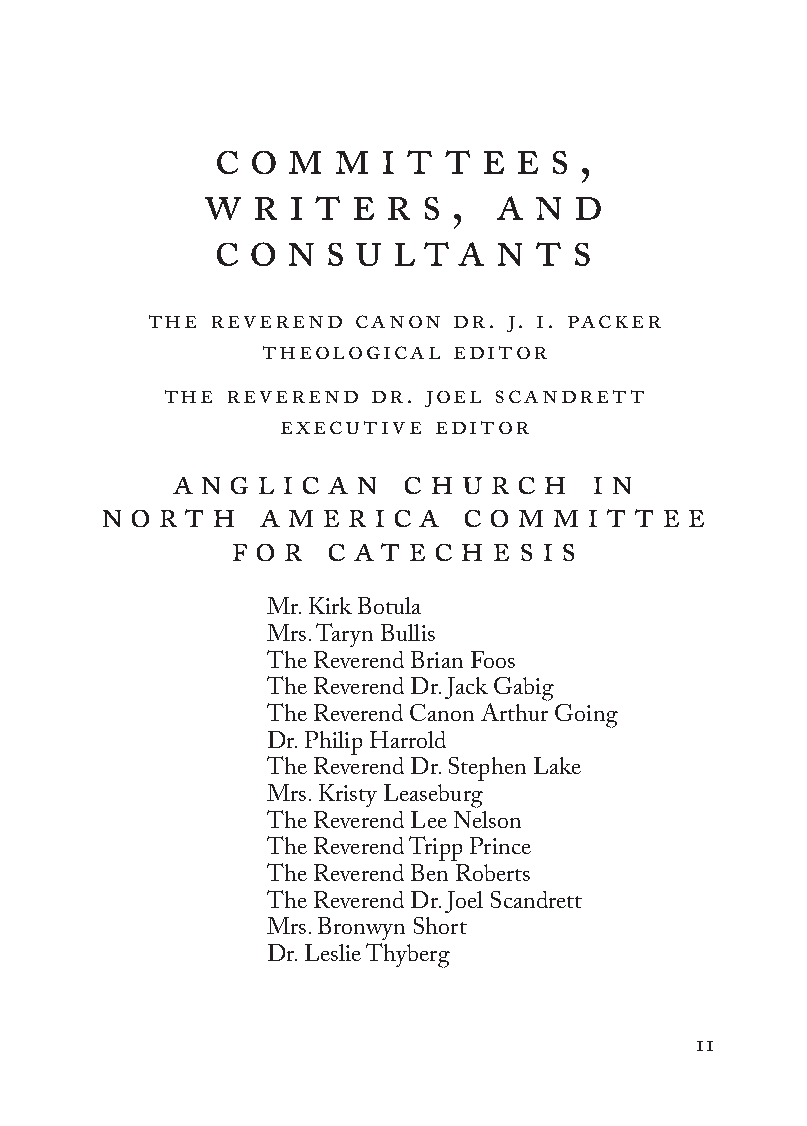
c o m  m  i t  t e e  s ,
 w  r i t  e r s ,  a  n d
 c o n  s u l t  a n  t s
 the reverend  canon dr. j. i. packer
 theological editor
 the reverend  dr. joel scandrett
 executive editor
 a n g l i c a n c h u r c h i n
 n o r t h a m  e r i c a c o m m i t t e e
 f o r c at e c h e s i s
 Mr. Kirk Botula
 Mrs. Taryn Bullis
 The Reverend Brian Foos
 The Reverend Dr. Jack Gabig
 The Reverend Canon Arthur Going
 Dr. Philip Harrold
 The Reverend Dr. Stephen Lake
 Mrs. Kristy Leaseburg
 The Reverend Lee Nelson
 The Reverend Tripp Prince
 The Reverend Ben Roberts
 The Reverend Dr. Joel Scandrett
 Mrs. Bronwyn Short
 Dr. Leslie Thyberg
 11
 To be a Christian.566776.int.indd 11        11/13/19 1:31 PM